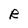
Character: R